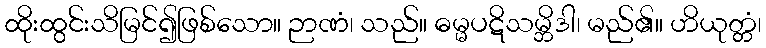
ထိုးထွင်းသိမြင်၍ဖြစ်သော။ ဉာဏံ၊ သည်။ ဓမ္မပဋိသမ္ဘိဒါ၊ မည်၏။ ဟိယုတ္တံ၊